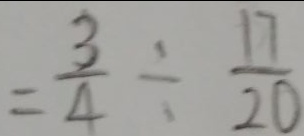
= \frac { 3 } { 4 } \div \frac { 1 7 } { 2 0 }